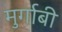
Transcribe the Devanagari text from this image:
मुर्गाबी